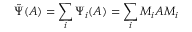
{ \tilde { \Psi } } ( A ) = \sum _ { i } \Psi _ { i } ( A ) = \sum _ { i } M _ { i } A M _ { i }